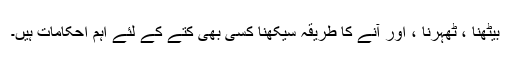
بیٹھنا ، ٹھہرنا ، اور آنے کا طریقہ سیکھنا کسی بھی کتے کے لئے اہم احکامات ہیں۔